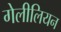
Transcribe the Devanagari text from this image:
गेलीलियन